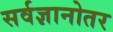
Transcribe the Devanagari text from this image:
सर्वज्ञानोतर